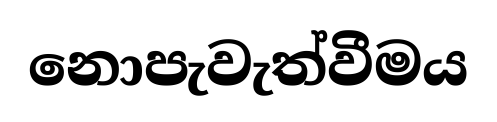
නොපැවැත්වීමය